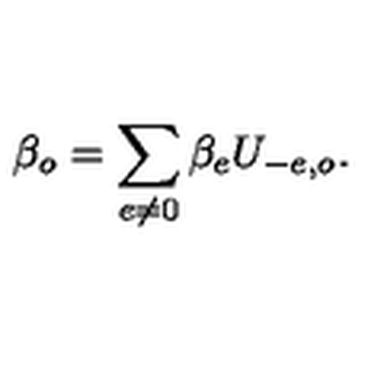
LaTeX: \beta _ { o } = \sum _ { e \neq 0 } \beta _ { e } U _ { - e , o } .